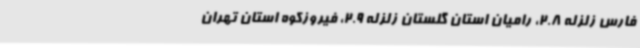
فارس زلزله 2.8، رامیان استان گلستان زلزله 2.9، فیروزکوه استان تهران